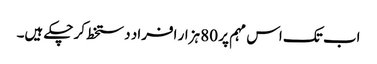
اب تک اس مہم پر 80 ہزار افراد دستخط کر چکے ہیں۔